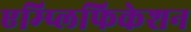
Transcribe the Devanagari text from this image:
एम्प्लिफिकेशन